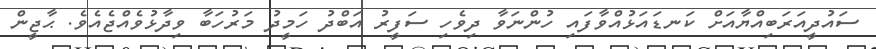
ސައުދީއަރަބިއްޔާއަށް ކަނޑައަޅުއްވާފައި ހުންނަވާ ދިވެހި ސަފީރު އަބްދު ހަމީދު މަރުހަބާ ވިދާޅުވެއްޖެއެވެ. ޙާޖީން